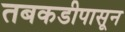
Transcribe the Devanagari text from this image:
तबकडीपासून